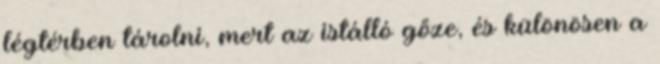
légtérben tárolni, mert az istálló gőze, és különösen a